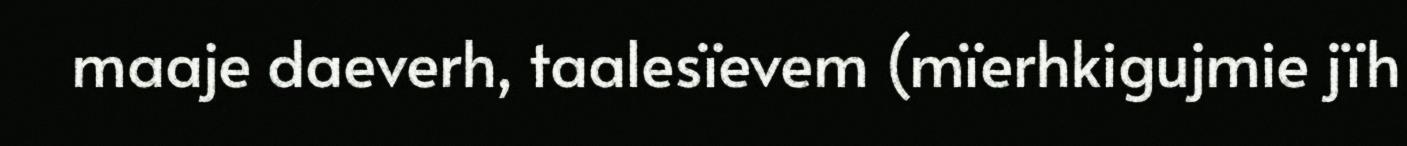
maaje daeverh, taalesïevem (mïerhkigujmie jïh